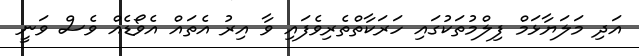
އަދި މަލަޔާޅަމް ފިލްމުތަކުގައި ހަރަކާތްތެރިވެފައި ވާ އިރު އެތައް އެވޯޑެއް ވެސް ވަނީ